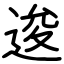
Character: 逡